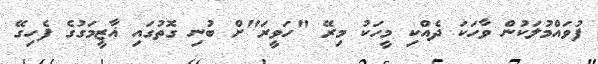
ފުވައްމުލަކުން ވާހަކަ ދެއްކި މީހަކު މިރޭ "ހަވީރަ"ށް ބުނި ގޮތުގައި ޣާޒީމަގުގެ ފެހިގޭ